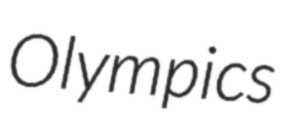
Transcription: Olympics